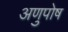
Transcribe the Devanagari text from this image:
अणुपोष